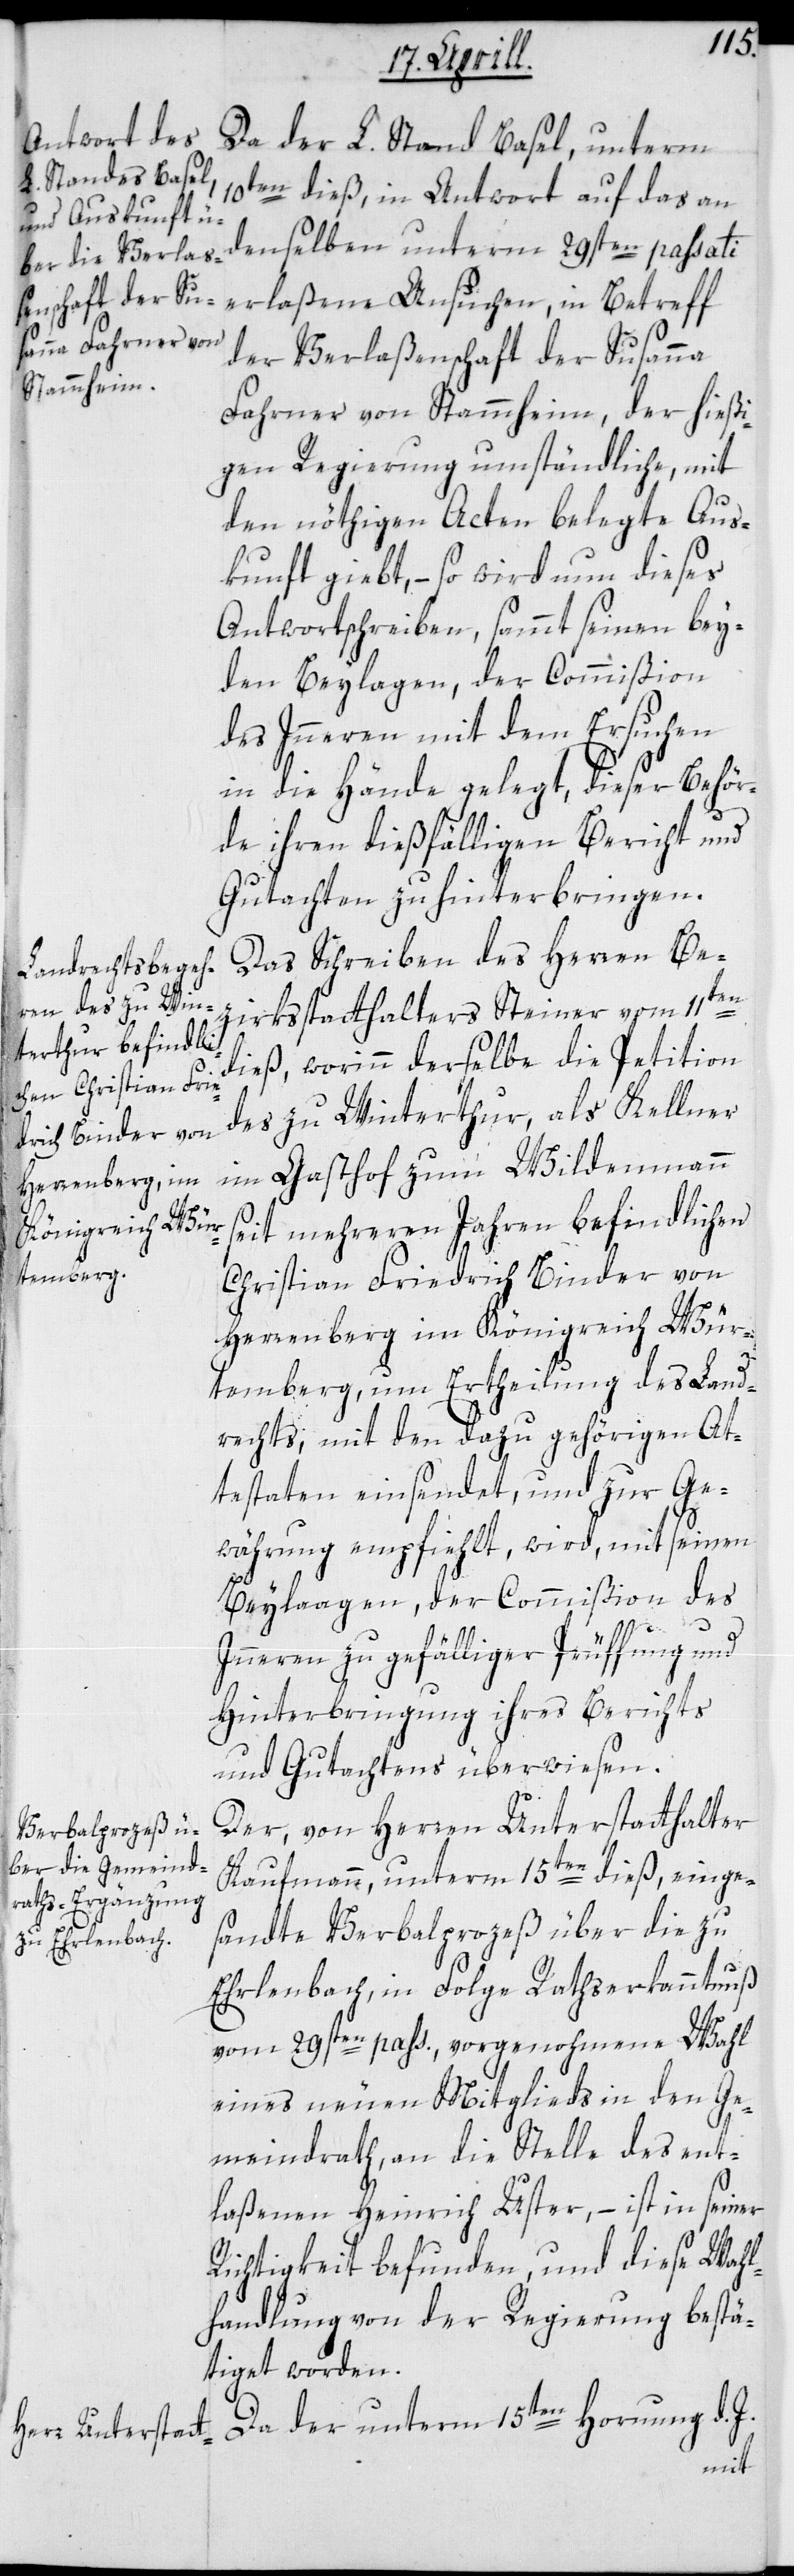
Da der L. Stand Basel, unterm
10ten dieß, in Antwort auf das an
denselben unterm 29sten passati
der Verlaßenschaft der Susanna
Fahrner von Stammheim, der hießi¬
gen Regierung umständliche, mit
den nöthigen Acten belegte Aus¬
kunft giebt, – so wird nun dieses
Antwortschreiben, sammt seinen bey¬
den Beylagen, der Commißion
des Innern mit dem Ersuchen
in die Hände gelegt, dieser Behör¬
de ihren dießfälligen Bericht und
Gutachten zu hinterbringen.
Das Schreiben des Herren Be¬
zirksstatthalters Steiner vom 11ten
dieß, worinn derselbe die Petition
des zu Winterthur, als Kellner
im Gasthof zum Wildenmann
seit mehreren Jahren befindlichen
Christian Friedrich Binder von
Herrenberg im Königreich Wür¬
temberg, um Ertheilung des Land¬
rechts, mit den dazu gehörigen At¬
testaten einsendet, und zur Ge¬
währung empfiehlt, wird, mit seinen
Beylaagen, der Commißion des
Innern zur gefälliger Prüffung und
Hinterbringung ihres Berichts
und Gutachtens überwiesen.
Der von Herrn Unterstatthalter
Kaufmann, unterm 15ten dieß einge¬
sandte Verbalprozeß über die zu
Erlenbach, in Folge Rathserkanntnuß
vom 29sten pass., vorgenohmene Wahl
eines neuen Mitglieds in den Ge¬
meindrath, an die Stelle des ent¬
laßenen Heinrich Uster, – ist in seiner
Richtigkeit befunden, und diese Wahl¬
handlung von der Regierung bestä¬
tiget worden.
Da der unterm 15ten Hornung d. J.